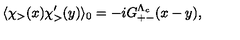
\langle \chi _ { > } ( x ) \chi _ { > } ^ { \prime } ( y ) \rangle _ { 0 } = - i G _ { + - } ^ { \Lambda _ { c } } ( x - y ) ,